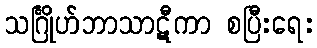
သင်္ဂြိုဟ်ဘာသာဋီကာ စပြီးရေး